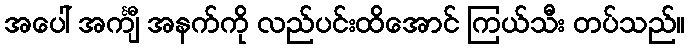
အပေါ် အင်္ကျီ အနက်ကို လည်ပင်းထိအောင် ကြယ်သီး တပ်သည်။